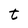
Character: t